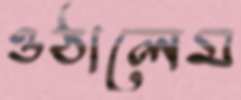
ওঠালেম